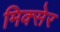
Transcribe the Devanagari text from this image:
मिक्सेर